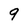
Character: 9